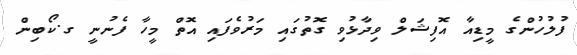
ފުލުހުންގެ މީޑިއާ އޮފިޝަލް ވިދާޅުވި ގޮތުގައި މަރުވެފައި އޮތް މީހާ ފެނުނީ ގ.ކޯބިން